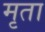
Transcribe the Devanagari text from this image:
मृता